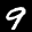
Label: 9